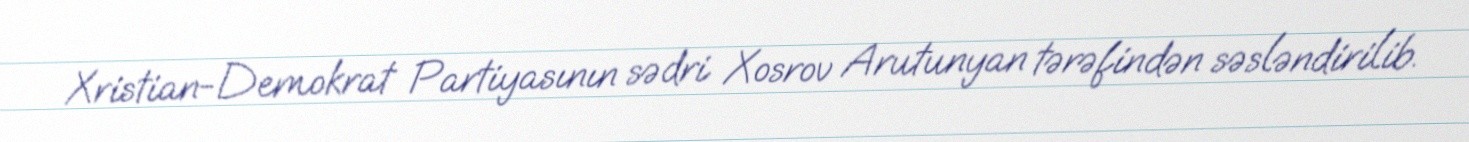
Xristian-Demokrat Partiyasının sədri Xosrov Arutunyan tərəfindən səsləndirilib.